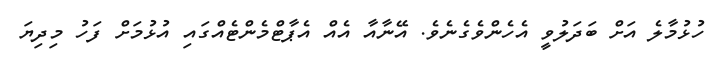
ހުޅުމާލެ އަށް ބަދަލުވީ އެހެންވެގެނެވެ. އޭނާއާ އެއް އެޕާޓްމެންޓެއްގައި އުޅުމަށް ފަހު މިދިޔަ